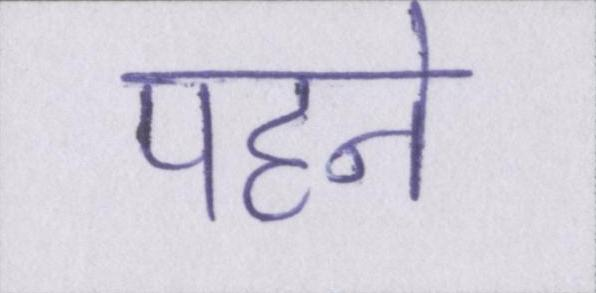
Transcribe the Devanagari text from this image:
पहने